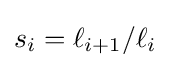
s_{i}=\ell _{i+1}/\ell _{i}